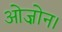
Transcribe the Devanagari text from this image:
ओज़ोन।